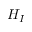
H _ { I }